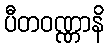
ပီတဝဏ္ဏာနိ